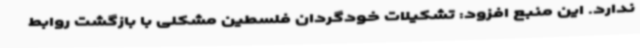
ندارد. این منبع افزود: تشکیلات خودگردان فلسطین مشکلی با بازگشت روابط